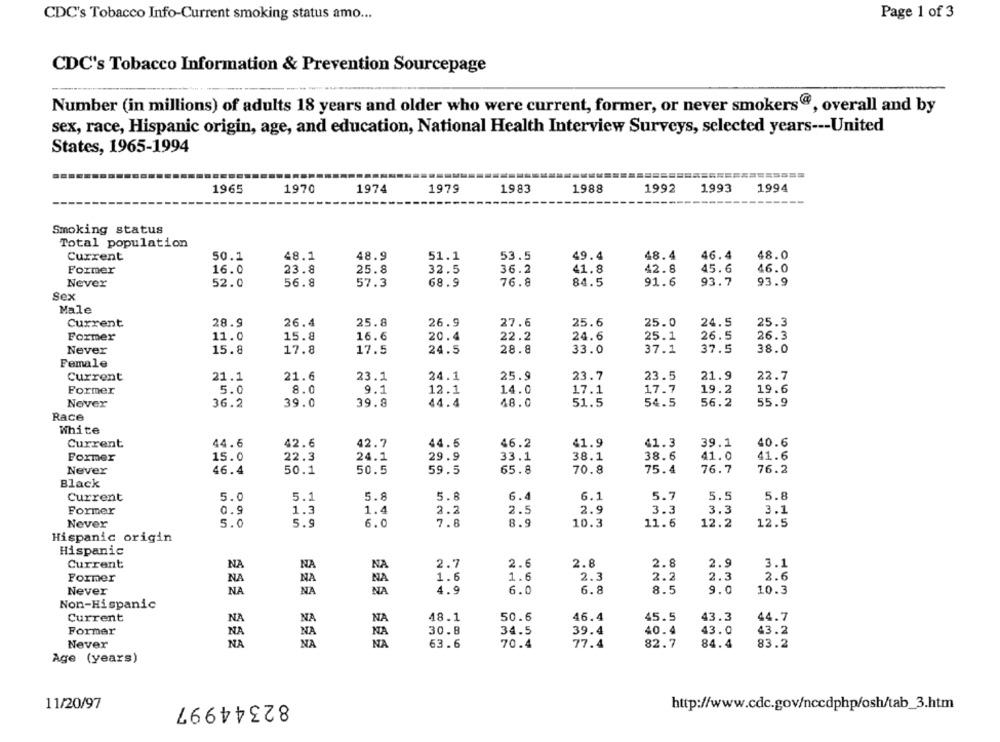
Page 1 of 3
CDC's Tobacco Info-Current smoking status amo ...
CDC's Tobacco Information & Prevention Sourcepage
Number (in millions) of adults 18 years and older who were current, former, or never smokers@, overall and by
sex, race, Hispanic origin, age, and education, National Health Interview Surveys, selected years --- United
States, 1965-1994
1965
1970
1974
1979
1983
1988
1992
1993
1994
Smoking status
Total population
Current
50.1
48.1
48.9
51.1
53.5
49.4
48.4
46.4
48.0
45.6
46.0
Former
16.0
23.8
25.8
32.5
36.2
41.8
42.8
52.0
56.8
68.9
76.8
84.5
91.6
93.7
93.9
Never
57.3
Sex
Male
Current
28.9
26.4
25.8
26.9
27.6
25.6
25.0
24.5
25.3
Former
11.0
15.8
16.6
20.4
22.2
24.6
25.1
26.5
26.3
38.0
Never
15.8
17.8
17.5
24.5
28.8
33.0
37.1
37.5
Female
Current
21.1
21.6
23.1
24.1
25.9
23.7
23.5
21.9
22.7
Former
5.0
8.0
9.1
12.1
14.0
17.1
17.7
19.2
19.6
Never
36.2
39.0
39.8
44.4
48.0
51.5
54.5
56.2
55.9
Race
White
Current
44.6
42.6
42.7
44.6
46.2
41.9
41.3
39.1
40.6
Former
15.0
22.3
24.1
29.9
33.1
38.1
38.6
41.0
41.6
Never
46.4
50.1
50.5
59.5
65.8
70.8
75.4
76.7
76.2
Black
Current
5.0
5.1
5.8
5.8
6.4
6.1
5.7
5.5
5.8
Former
0.9
1.3
1.4
2.2
2.5
2.9
3.3
3.3
3.1
Never
5.0
5.9
6.0
7.8
8.9
10.3
11.6
12.2
12.5
Hispanic origin
Hispanic
Current
NA
NA
2.7
2.6
2.8
2.8
2.9
3.1
NA
Former
NA
NA
1.6
1.6
2.3
2.2
2.3
2.6
NA
Never
NA
NA
NA
4.9
6.0
6.8
8.5
9.0
10.3
Non-Hispanic
Current
NA
NA
NA
48.1
50.6
46.4
45.5
43.3
44.7
Former
NA
30.8
34.5
39.4
40.4
43.0
43.2
NA
NA
Never
NA
NA
NA
63.6
70.4
77.4
82.7
84.4
83.2
Age (years)
11/20/97
82344997
http://www.cdc.gov/nccdphp/osh/tab_3.htm